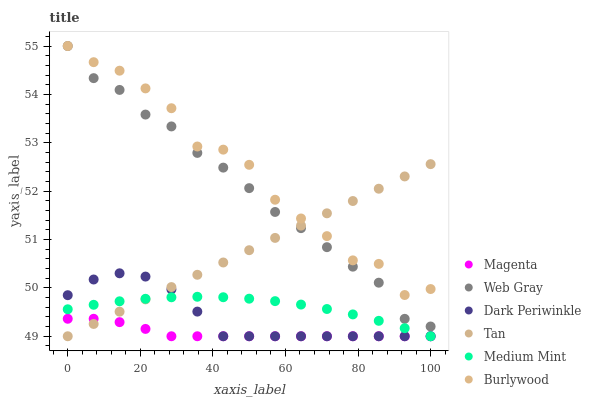
| xaxis_label | Magenta | Web Gray | Dark Periwinkle | Tan | Medium Mint | Burlywood |
 | --- | --- | --- | --- | --- | --- | --- |
 | 0 | 49.4 | 55 | 49.8 | 49 | 49.6 | 55 |
 | 7.14 | 49.4 | 54.3 | 50.2 | 49.3 | 49.7 | 54.7 |
 | 14.3 | 49.3 | 54.1 | 50.3 | 49.5 | 49.7 | 54.5 |
 | 21.4 | 49.2 | 53.6 | 50.2 | 49.8 | 49.8 | 54.1 |
 | 28.6 | 49 | 53.3 | 50 | 50 | 49.8 | 53.7 |
 | 35.7 | 49 | 52.8 | 49.5 | 50.3 | 49.8 | 52.9 |
 | 42.9 | 49 | 52.5 | 49 | 50.5 | 49.8 | 52.9 |
 | 50 | 49 | 52.1 | 49 | 50.8 | 49.8 | 52.5 |
 | 57.1 | 49 | 51.6 | 49 | 51 | 49.7 | 51.8 |
 | 64.3 | 49 | 51.2 | 49 | 51.3 | 49.7 | 51.4 |
 | 71.4 | 49 | 50.8 | 49 | 51.5 | 49.6 | 51.1 |
 | 78.6 | 49 | 50.4 | 49 | 51.8 | 49.5 | 50.6 |
 | 85.7 | 49 | 50.1 | 49 | 52 | 49.3 | 50.5 |
 | 92.9 | 49 | 49.4 | 49 | 52.3 | 49.2 | 49.9 |
 | 100 | 49 | 49.2 | 49 | 52.6 | 49 | 50 |